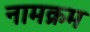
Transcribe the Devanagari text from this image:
नामक्रम